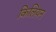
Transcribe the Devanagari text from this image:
किलियन